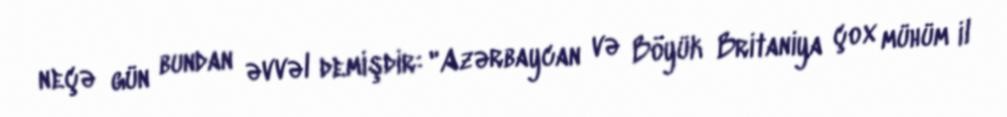
neçə gün bundan əvvəl demişdir: "Azərbaycan və Böyük Britaniya çox mühüm il